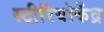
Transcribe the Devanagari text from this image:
स्टीरियोकेंद्र